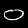
Digit: 0